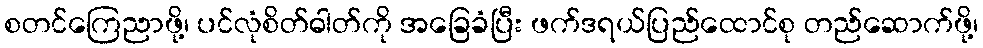
စတင်ကြေညာဖို့၊ ပင်လုံစိတ်ဓါတ်ကို အခြေခံပြီး ဖက်ဒရယ်ပြည်ထောင်စု တည်ဆောက်ဖို့၊